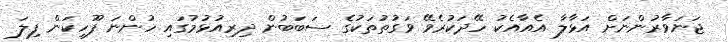
ޖަނަވާރުންނަށް އަޅާލާ އެއާއެކު ހޭދަކުރެވޭ ވަގުތުތަކުގެ ސަބަބުން ދިރިއުޅުމުގައި ހުންނަ ފޫހިކަން ފިލަ